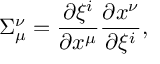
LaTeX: \Sigma _ { \mu } ^ { \nu } = { \frac { \partial \xi ^ { i } } { \partial x ^ { \mu } } } { \frac { \partial x ^ { \nu } } { \partial \xi ^ { i } } } ,